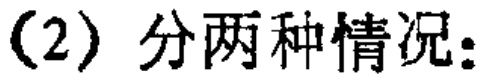
(2) 分两种情况：